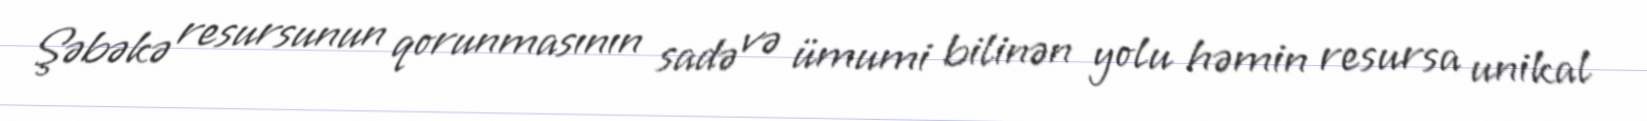
Şəbəkə resursunun qorunmasının sadə və ümumi bilinən yolu həmin resursa unikal